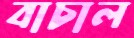
বাচাল